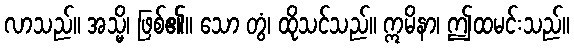
လာသည်။ အသ္မိ၊ ဖြစ်၏။ သော တွံ၊ ထိုသင်သည်။ ဣမိနာ၊ ဤထမင်းသည်။